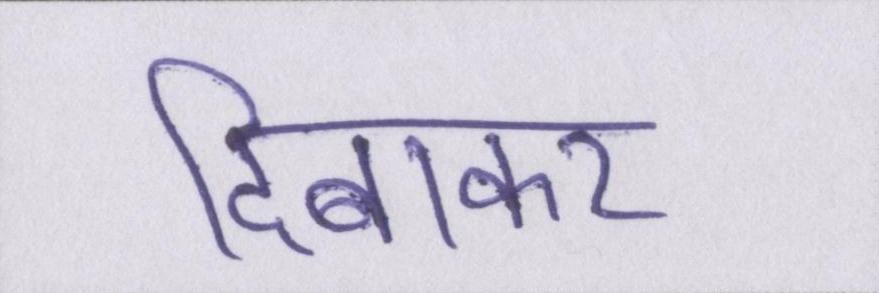
दिबाकर